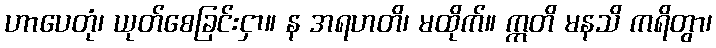
ဟာပေတုံ၊ ယုတ်စေခြင်းငှာ။ န အရဟတိ၊ မထိုက်။ ဣတိ မနသိ ကရိတွာ၊